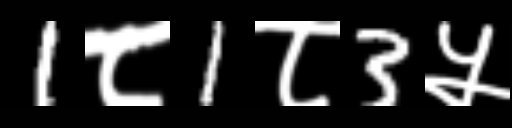
Text: 1८1८3५